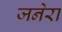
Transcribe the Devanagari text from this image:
जनेरा